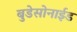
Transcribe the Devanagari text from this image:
बुडेसोनाईड